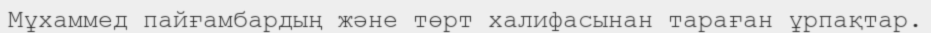
Мұхаммед пайғамбардың және төрт халифасынан тараған ұрпақтар.